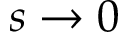
s \to 0